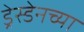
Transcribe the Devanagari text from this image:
ड्रेस्डेनच्या